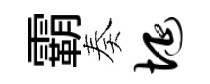
霸奏埏